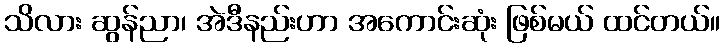
သိလား ဆွန်ညာ၊ အဲဒီနည်းဟာ အကောင်းဆုံး ဖြစ်မယ် ထင်တယ်။